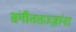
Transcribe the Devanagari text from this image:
संगीततज्ज्ञांना